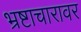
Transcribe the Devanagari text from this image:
भ्रष्टाचारावर